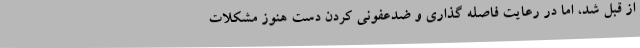
از قبل شد، اما در رعایت فاصله گذاری و ضدعفونی کردن دست هنوز مشکلات